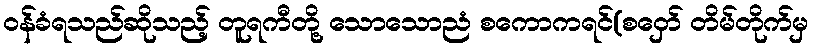
ဝန်ခံရသည်ဆိုသည့် တူရကီတို့ သောသောညံ စကောကရင်(စဝှော် တိမ်တိုက်မှ